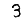
Digit: 3